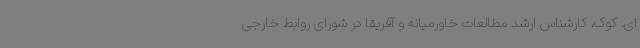
ای. کوک، کارشناس ارشد مطالعات خاورمیانه و آفریقا در شورای روابط خارجی